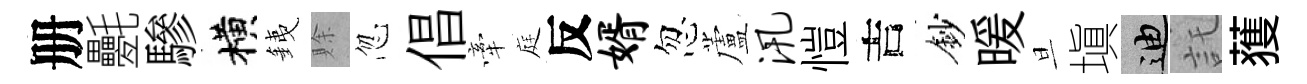
册氎驂横銕賖忽倡牽庭反婿忽蘆汛愷吉鈔暖旦塡迪託𫉬